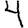
Digit: 4